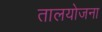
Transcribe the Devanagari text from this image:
तालयोजना